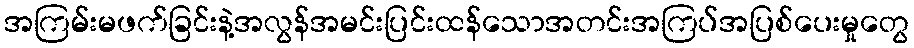
အကြမ်းမဖက်ခြင်းနဲ့အလွန်အမင်းပြင်းထန်သောအတင်းအကြပ်အပြစ်ပေးမှုတွေ